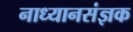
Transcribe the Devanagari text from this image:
नाध्यानसंज्ञक